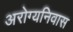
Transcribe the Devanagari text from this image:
अरोग्यनिवास